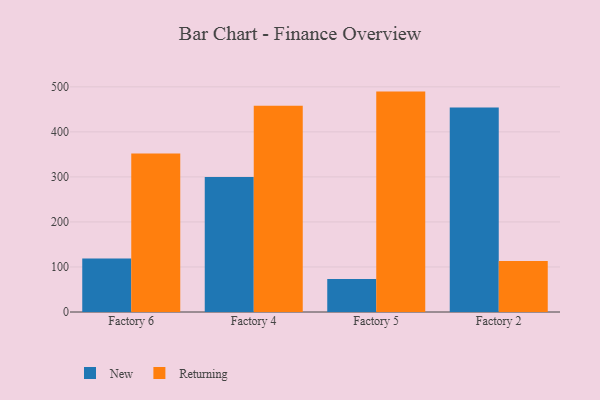
{"axis": {"x": "Factory", "y": "Latency (ms)"}, "legend": ["New", "Returning"], "data": [{"x": "Factory 6", "y": 118.9, "type": "New"}, {"x": "Factory 6", "y": 352.0, "type": "Returning"}, {"x": "Factory 4", "y": 300.0, "type": "New"}, {"x": "Factory 4", "y": 458.0, "type": "Returning"}, {"x": "Factory 5", "y": 73.4, "type": "New"}, {"x": "Factory 5", "y": 489.4, "type": "Returning"}, {"x": "Factory 2", "y": 453.9, "type": "New"}, {"x": "Factory 2", "y": 113.0, "type": "Returning"}]}